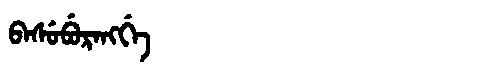
Manchu: ᠪᠠᠰᡠᠪᡠᡵᠠᠩᡤᡝ
Romanization: BASUBURANGGE